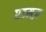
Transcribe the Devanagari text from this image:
एडमज़